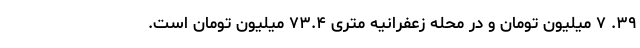
۳۹. ۷ میلیون تومان و در محله زعفرانیه متری ۷۳.۴ میلیون تومان است.